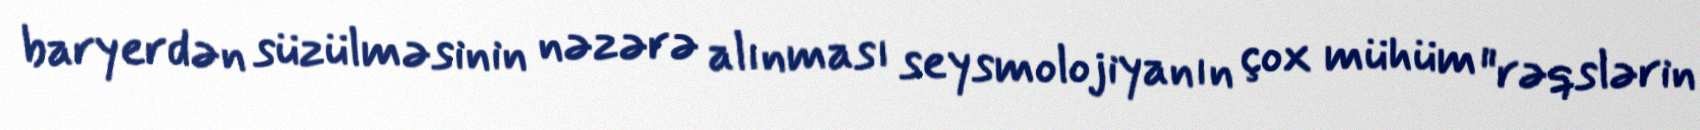
baryerdən süzülməsinin nəzərə alınması seysmolojiyanın çox mühüm "rəqslərin